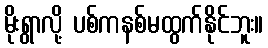
မိုးရွာလို့ ပစ်ကနစ်မထွက်နိုင်ဘူး။